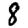
Digit: 8